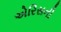
એરિસની